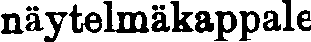
näytelmäkappale